Leaving Certificate Examination (including Day School Certificate (Higher) General paper), 1934
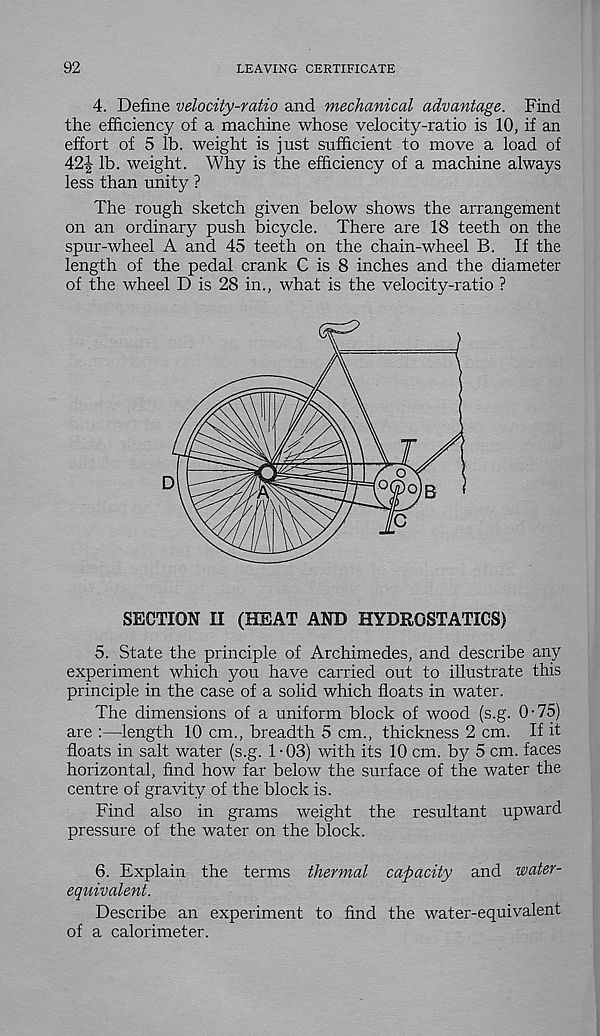
92
LEAVING CERTIFICATE
4. Define velocity-ratio and mechanical advantage. Find
the efficiency of a machine whose velocity-ratio is 10, if an
effort of 5 lb. weight is just sufficient to move a load of
42-| lb. weight. Why is the efficiency of a machine always
less than unity ?
The rough sketch given below shows the arrangement
on an ordinary push bicycle. There are 18 teeth on the
spur-wheel A and 45 teeth on the chain-wheel B. If the
length of the pedal crank C is 8 inches and the diameter
of the wheel D is 28 in., what is the velocity-ratio ?
SECTION II (HEAT AND HYDROSTATICS)
5. State the principle of Archimedes, and describe any
experiment which you have carried out to illustrate this
principle in the case of a solid which floats in water.
The dimensions of a uniform block of wood (s.g. 0-75)
are :—length 10 cm., breadth 5 cm., thickness 2 cm. If it
floats in salt water (s.g. 1-03) with its 10 cm. by 5 cm. faces
horizontal, find how far below the surface of the water the
centre of gravity of the block is.
Find also in grams weight the resultant upward
pressure of the water on the block.
6. Explain the terms thermal capacity and water-
equivalent.
Describe an experiment to find the water-equivalent
of a calorimeter.